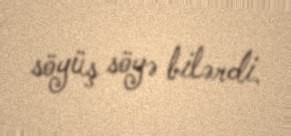
söyüş söyə bilərdi.